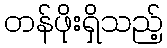
တန်ဖိုးရှိသည့်